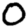
Digit: 0